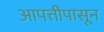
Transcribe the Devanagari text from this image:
आपत्तीपासून